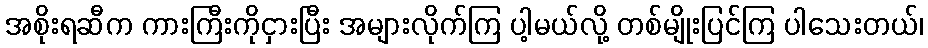
အစိုးရဆီက ကားကြီးကိုငှားပြီး အများလိုက်ကြ ပါ့မယ်လို့ တစ်မျိုးပြင်ကြ ပါသေးတယ်၊